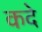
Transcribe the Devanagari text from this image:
कदे